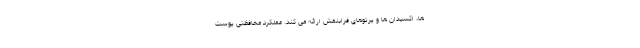
ها، اکسیدان ها و پرتوهای فرابنفش ارائه می کند. عملکرد محافظتی پوست